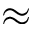
\approx